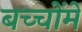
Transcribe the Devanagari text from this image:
बच्‍चोंमें